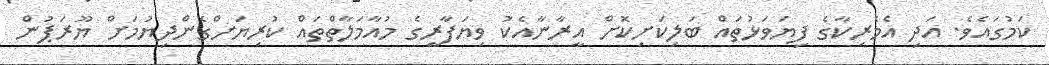
ކަމުގައެވެ. އަދި އެމެރިކާގެ ފިޔަވަޅުތައް ބަލިކަށިކޮށް އީރާނާއެކު ވިޔަފާރީގެ މުއާމަލާތްތައް ކުރިޔަށްގެންދިޔުމަށް ޔޫރަޕުން